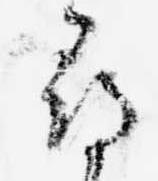
尋